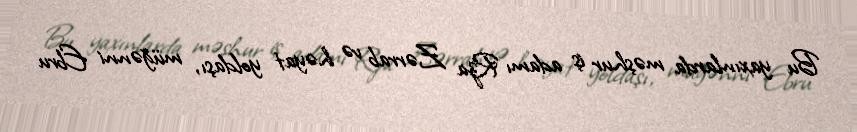
Bu yaxınlarda məşhur iş adamı Rza Zərrab və həyat yoldaşı, müğənni Ebru